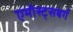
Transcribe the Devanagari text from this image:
एमीस्ट्सबर्ग